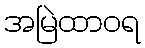
အမြဲထာဝရ